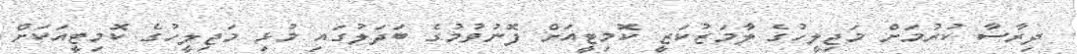
ދިރާސާ ކުރުމަށް މަޖިލީހުގެ ލާމަޒުކަޒީ ކޮމިޓީއަށް ފޮނުވުމުގެ ބަދަލުގައި މުޅި މަޖިލީހުގެ ކޮމިޓީއަކަށް